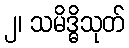
၂၊ သမိဒ္ဓိသုတ်